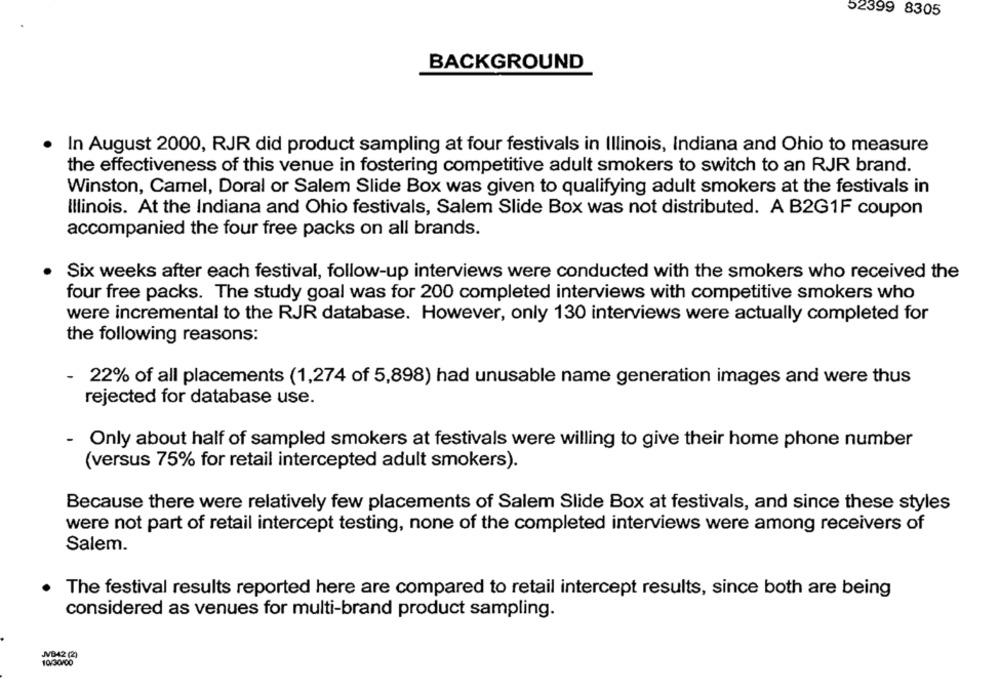
52399 8305
BACKGROUND
In August 2000, RJR did product sampling at four festivals in Illinois, Indiana and Ohio to measure
the effectiveness of this venue in fostering competitive adult smokers to switch to an RJR brand.
Winston, Camel, Doral or Salem Slide Box was given to qualifying adult smokers at the festivals in
Illinois. At the Indiana and Ohio festivals, Salem Slide Box was not distributed. A B2G1F coupon
accompanied the four free packs on all brands.
Six weeks after each festival, follow-up interviews were conducted with the smokers who received the
four free packs. The study goal was for 200 completed interviews with competitive smokers who
were incremental to the RJR database. However, only 130 interviews were actually completed for
the following reasons:
- 22% of all placements (1,274 of 5,898) had unusable name generation images and were thus
rejected for database use.
- Only about half of sampled smokers at festivals were willing to give their home phone number
(versus 75% for retail intercepted adult smokers).
Because there were relatively few placements of Salem Slide Box at festivals, and since these styles
were not part of retail intercept testing, none of the completed interviews were among receivers of
Salem.
The festival results reported here are compared to retail intercept results, since both are being
considered as venues for multi-brand product sampling.
JVB42 (2)
10/30/00